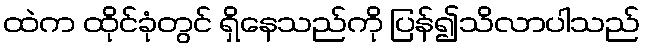
ထဲက ထိုင်ခုံတွင် ရှိနေသည်ကို ပြန်၍သိလာပါသည်